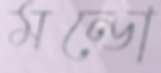
মন্ডো